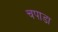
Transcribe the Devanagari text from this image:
चपाडा